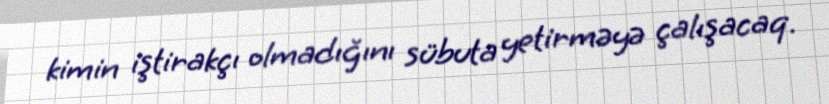
kimin iştirakçı olmadığını sübuta yetirməyə çalışacaq.